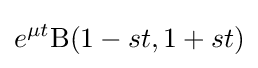
e^{\mu t}\mathrm {B} (1-st,1+st)